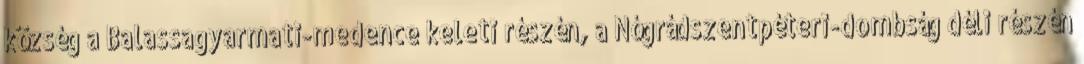
község a Balassagyarmati-medence keleti részén, a Nógrádszentpéteri-dombság déli részén